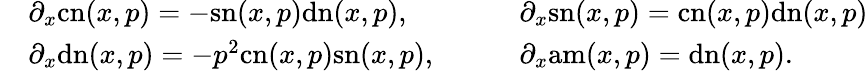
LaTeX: \begin{array}{rlrl}&{\partial_{x}\mathrm{cn}(x,p)=-\mathrm{sn}(x,p)\mathrm{dn}(x,p),\qquad}&&{\partial_{x}\mathrm{sn}(x,p)=\mathrm{cn}(x,p)\mathrm{dn}(x,p)}\\ &{\partial_{x}\mathrm{dn}(x,p)=-p^{2}\mathrm{cn}(x,p)\mathrm{sn}(x,p),}&&{\partial_{x}\mathrm{am}(x,p)=\mathrm{dn}(x,p).}\end{array}